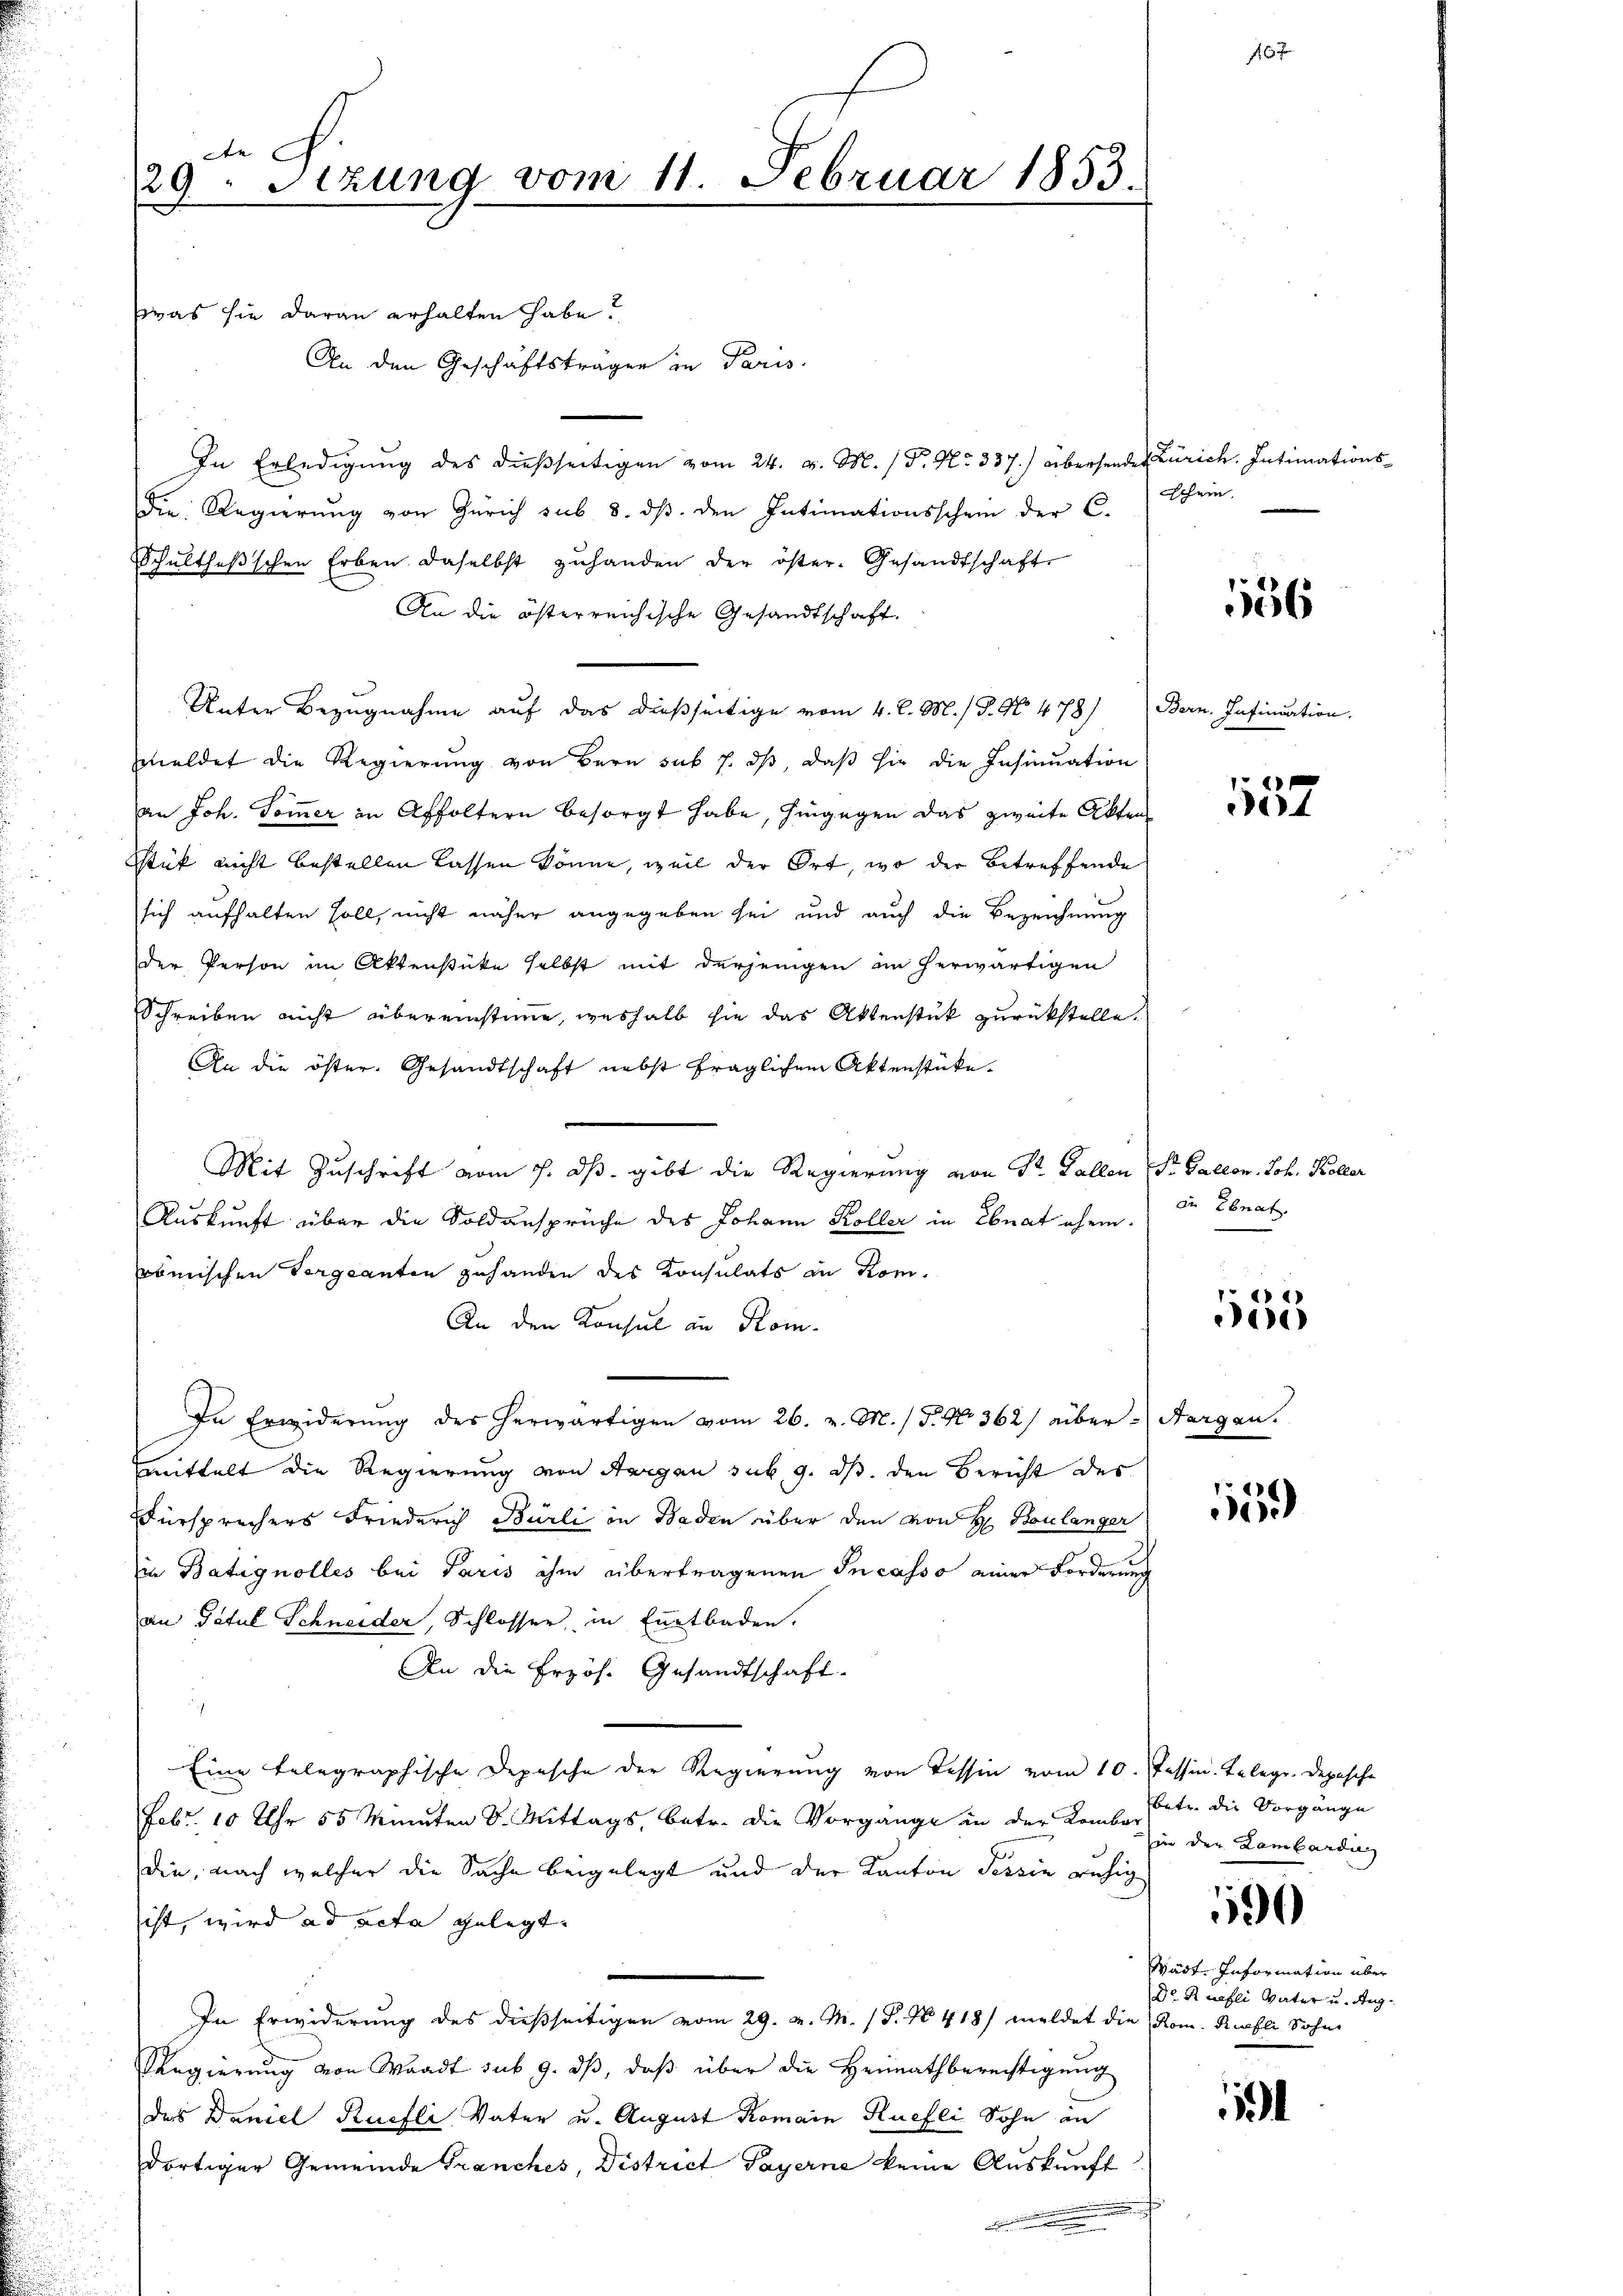
f
29. Sizung vom 11. Februar 1853.

was sie daran erhalten habe?
An den Geschäftsträgen in Paris.
In Erledigung des dießseitigen vom 24. v. M. / P. Nr. 337.) übersendet Zürich. Intimationsdie Regierŭng von Zürich sub 8. dβ. den Intimationsschein der C.
Schulthesschen Erben daselbst zŭhanden der öster. Gesandtschaft
An die österreichische Gesandtschaft
Unter Bezugnahme auf das dießseitige vom 4. d. M. / P. Nr. 478)
meldet die Regierŭng von Bern sub 7. dβ, daβ sie die Insinuation
an Joh. Sommer in Affoltern besorgt habe, hingegen das zweite Akten
Stük nicht bestellen lassen könne, weil der Ort, wo der Betreffende
sich aufhalten soll, nicht näher angegeben sei und auch die Bezeichnung
der Person im Aktenstüke selbst mit derjenigen im herwärtigen
Schreiben nicht übereinstimme, weshalb sie das Aktenstück zurückstelle.
An die öster. Gesandtschaft nebst fraglichen Aktenstücke.
Mit Zuschrift vom 7. dß. gibt die Regierung von Sr. Fallen St. Gallen. Joh. Koller
Auskunft über die Soldansprüche des Johann Koller in Ebnat ehem
römischen Vorgeanten zuhanden des Konsulats an Rom.
An den Konsul in Kom¬
In Erwiderung des herwärtigen vom 26. v. M. / 5. No 362) aber Aargau.
mittelt die Regierung von Aargau sub. 9. ds. den Bericht des
Fürsprechers Friederich Burli in Baden über den von H. Boulanger
in Batignolles bei Paris ihm übertragenen Incasso einer Forderung
an Paul Schneider, Schlosser, in Entbaden.
An die Erzös. Gesandtschaft
.
Eine telegraphische Depesche der Regierung von Tessin vom 10. Tessin. Telegr. Depesche
Febr. 10 Uhr 55 Minuten d. Mittags, betr. die Vorgänge in der Kombar
die, nach welcher die Sache beigelegt und der Kanton Tessin ruhig
ist, wird ad acta gelegt. |
In Erwiderung des dießseitigen vom 29. v. M. (T. N. 418) meldet die Rom. Ruefli Sohne
Regierung von Waadt sub 9. dβ, daß über die Heimathberechtigung
das Daniel Ruefli Vater u. August Romain Ruefli Sohn an
dortiger Gemeinde Franches, District Payerne keine Auskunft
.

Schein.

186

Bern. Insinuation.

6
e

in Ebnat

4
e

155

betr. die Vorgänge
in der Lombardin

190

Wädt. Information über
Dr. Knofli Vater u. Aug.

1